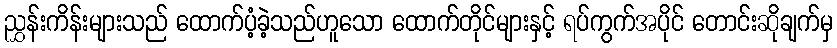
ညွှန်းကိန်းများသည် ထောက်ပံ့ခဲ့သည်ဟူသော ထောက်တိုင်များနှင့် ရပ်ကွက်အပိုင် တောင်းဆိုချက်မှ